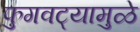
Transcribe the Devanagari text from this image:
फुगवट्यामुळे